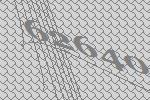
62640